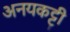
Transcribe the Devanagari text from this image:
अनयकट्टी